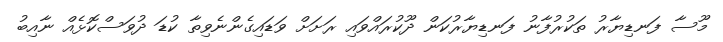
މޫސާ ފަނޑިޔާރު ތަކުރުފާނު ފަނޑިޔާރުކަން ދޫކުރައްވައި ރަށަށް ވަޑައިގެންނެވިތާ ކުޑަ ދުވަސްކޮޅެއް ނާއިބު